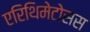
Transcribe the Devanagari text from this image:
एरिथिमेटोसस